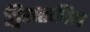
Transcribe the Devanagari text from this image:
द्विशतकीय